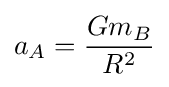
a_{A}={\frac {Gm_{B}}{R^{2}}}